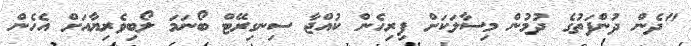
"ދެން ދުންފަތުގެ ދުމުން މިސާލަކަށް ފިރިހެން ކުއްޖާ ސިނގިރޭޓް ބޯނަމަ ލޯބިވެރިޔާއަށް އެހެން